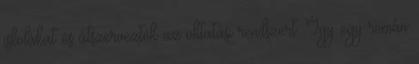
iskolákat és átszervezték az oktatási rendszert. Így egy román